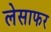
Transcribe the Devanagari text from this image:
लेसाफर